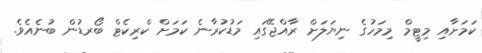
ކަމަށާއި މިޓީމް މިމަހުގެ ނިޔަލަށް ރާއްޖޭގައި މަޑުކުރާނެ ކަމަށް ކްރިކެޓް ބޯރޑުން ބުނެއެވެ.